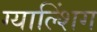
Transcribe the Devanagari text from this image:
ग्याल्शिंग